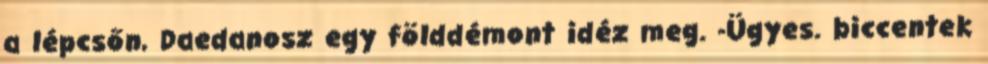
a lépcsőn, Daedanosz egy földdémont idéz meg. -Ügyes. biccentek